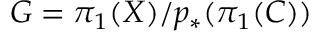
G = \pi _ { 1 } ( X ) / p _ { * } ( \pi _ { 1 } ( C ) )